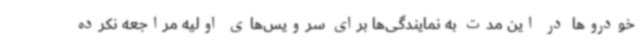
خودروها در این مدت به نمایندگی‌ها برای سرویس‌های اولیه مراجعه نکرده